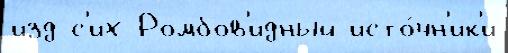
изд с'их Ромбов'идный исто́чн'ик'и